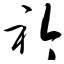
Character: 衿